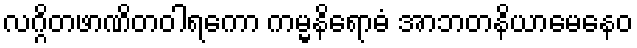
လဂ္ဂိတဖာဏိတဝါရကော ကမ္မနိရောဓံ အာဘတနိယာမေနေဝ